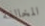
المخالفة